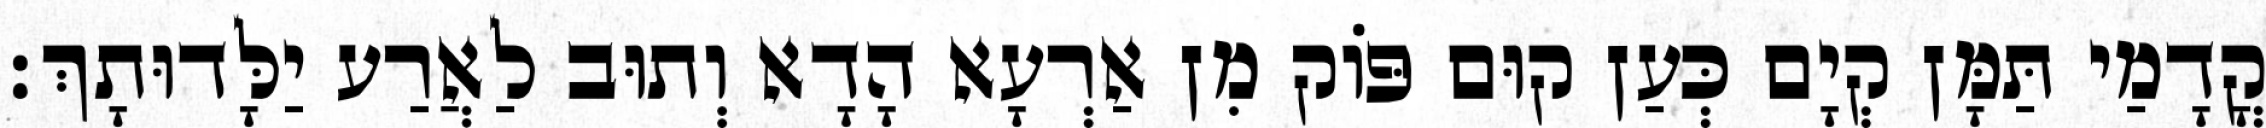
קֳדָמַי תַּמָּן קְיָם כְּעַן קוּם פּוֹק מִן אַרְעָא הָדָא וְתוּב לַאֲרַע יַלָּדוּתָךְ׃